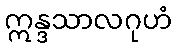
ဣန္ဒသာလဂုဟံ